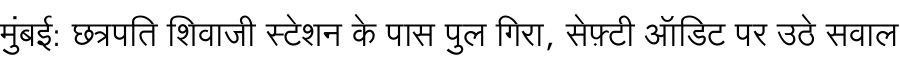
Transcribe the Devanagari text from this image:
मुंबई: छत्रपति शिवाजी स्टेशन के पास पुल गिरा, सेफ़्टी ऑडिट पर उठे सवाल